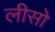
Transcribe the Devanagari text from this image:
लीसो